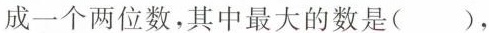
成一个两位数，其中最大的数是()，